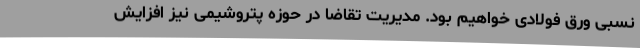
نسبی ورق فولادی خواهیم بود. مدیریت تقاضا در حوزه پتروشیمی نیز افزایش